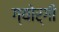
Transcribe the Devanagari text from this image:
ग्योर्गी